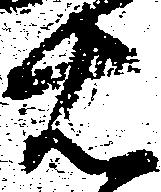
右